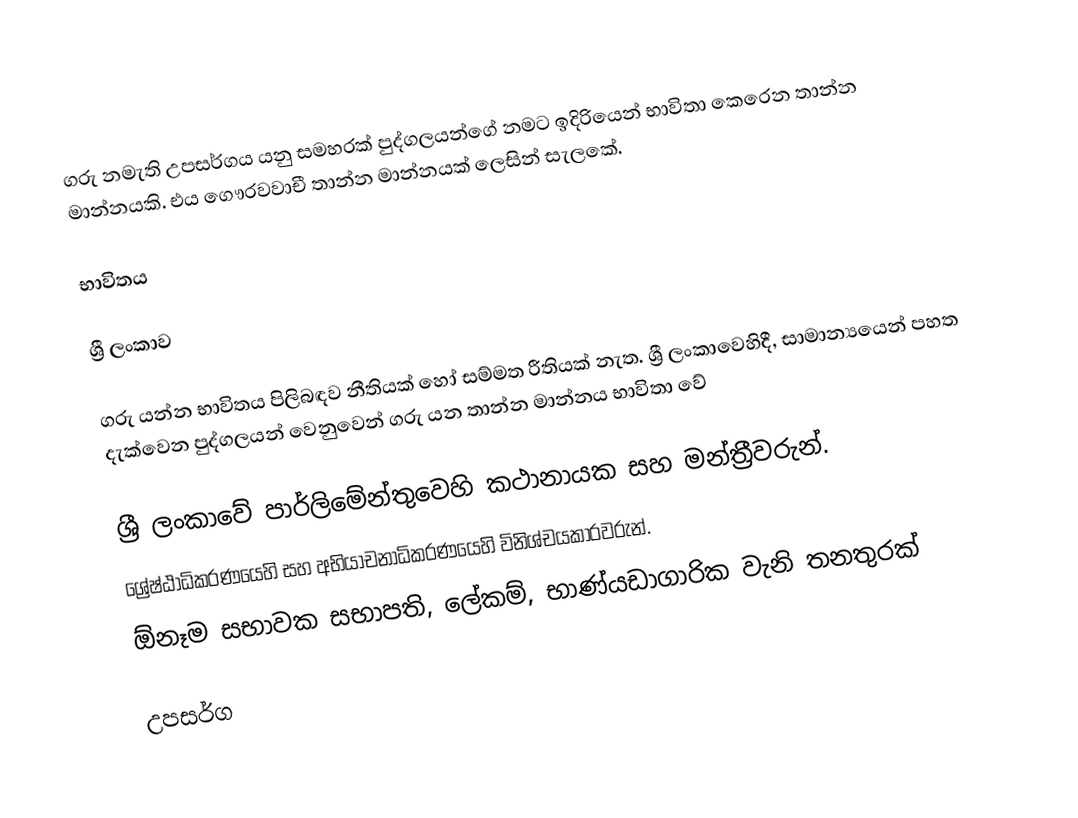
ගරු නමැති උපසර්ගය යනු  සමහරක් පුද්ගලයන්ගේ නමට ඉදිරියෙන් භාවිතා කෙරෙන  තාන්න මාන්නයකි. එය ගෞරවවාචී තාන්න මාන්නයක් ලෙසින් සැලකේ.

භාවිතය

ශ්‍රී ලංකාව

ගරු යන්න භාවිතය පිලිබඳව නීතියක් හෝ සම්මත රීතියක් නැත. ශ්‍රී ලංකාවෙහිදී, සාමාන්‍යයෙන් පහත දැක්වෙන පුද්ගලයන් වෙනුවෙන් ගරු  යන තාන්න මාන්නය භාවිතා වේ

 ශ්‍රී ලංකාවේ පාර්ලිමේන්තුවෙහි කථානායක සහ මන්ත්‍රීවරුන්.
 ශ්‍රේෂ්ඨාධිකරණයෙහි සහ අභියාචනාධිකරණයෙහි විනිශ්චයකාරවරුන්.
 ඕනෑම සභාවක සභාපති, ලේකම්, භාණ්යඩාගාරික වැනි තනතුරක්

උපසර්ග